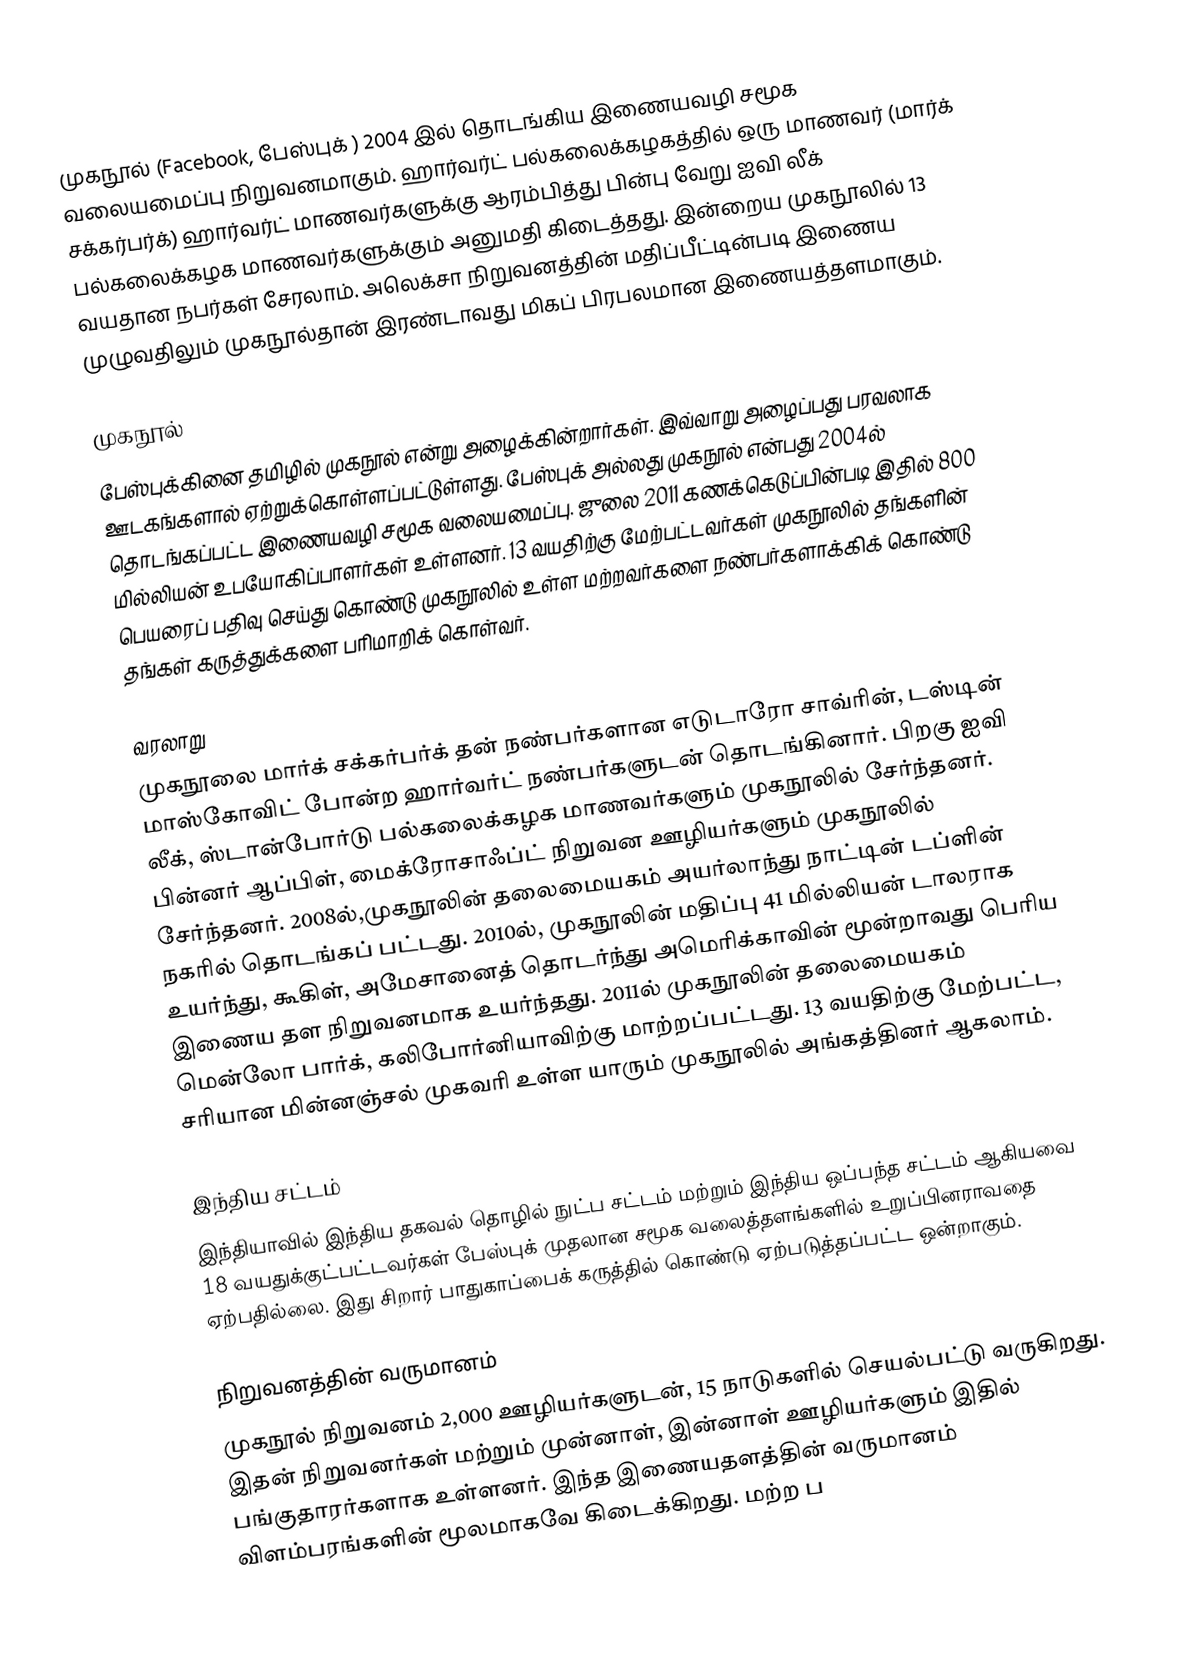
முகநூல் (Facebook, பேஸ்புக் ) 2004 இல் தொடங்கிய இணையவழி சமூக வலையமைப்பு நிறுவனமாகும். ஹார்வர்ட் பல்கலைக்கழகத்தில் ஒரு மாணவர் (மார்க் சக்கர்பர்க்) ஹார்வர்ட் மாணவர்களுக்கு ஆரம்பித்து பின்பு வேறு ஐவி லீக் பல்கலைக்கழக மாணவர்களுக்கும் அனுமதி கிடைத்தது. இன்றைய முகநூலில் 13 வயதான நபர்கள் சேரலாம். அலெக்சா நிறுவனத்தின் மதிப்பீட்டின்படி இணைய முழுவதிலும் முகநூல்தான் இரண்டாவது மிகப் பிரபலமான இணையத்தளமாகும்.

முகநூல்
பேஸ்புக்கினை தமிழில் முகநூல் என்று அழைக்கின்றார்கள். இவ்வாறு அழைப்பது பரவலாக ஊடகங்களால் ஏற்றுக்கொள்ளப்பட்டுள்ளது. பேஸ்புக் அல்லது முகநூல் என்பது 2004ல் தொடங்கப்பட்ட இணையவழி சமூக வலையமைப்பு. ஜுலை 2011 கணக்கெடுப்பின்படி இதில் 800 மில்லியன் உபயோகிப்பாளர்கள் உள்ளனர். 13 வயதிற்கு மேற்பட்டவர்கள் முகநூலில் தங்களின் பெயரைப் பதிவு செய்து கொண்டு முகநூலில் உள்ள மற்றவர்களை நண்பர்களாக்கிக் கொண்டு தங்கள் கருத்துக்களை பரிமாறிக் கொள்வர்.

வரலாறு
முகநூலை மார்க் சக்கர்பர்க் தன் நண்பர்களான எடுடாரோ சாவ்ரின், டஸ்டின் மாஸ்கோவிட் போன்ற ஹார்வர்ட் நண்பர்களுடன் தொடங்கினார். பிறகு ஐவி லீக், ஸ்டான்போர்டு பல்கலைக்கழக மாணவர்களும் முகநூலில் சேர்ந்தனர். பின்னர் ஆப்பிள், மைக்ரோசாஃப்ட் நிறுவன ஊழியர்களும் முகநூலில் சேர்ந்தனர். 2008ல்,முகநூலின் தலைமையகம் அயர்லாந்து நாட்டின் டப்ளின் நகரில் தொடங்கப் பட்டது. 2010ல், முகநூலின் மதிப்பு 41 மில்லியன் டாலராக உயர்ந்து, கூகிள், அமேசானைத் தொடர்ந்து அமெரிக்காவின் மூன்றாவது பெரிய இணைய தள நிறுவனமாக உயர்ந்தது. 2011ல் முகநூலின் தலைமையகம் மென்லோ பார்க், கலிபோர்னியாவிற்கு மாற்றப்பட்டது. 13 வயதிற்கு மேற்பட்ட, சரியான மின்னஞ்சல் முகவரி உள்ள யாரும் முகநூலில் அங்கத்தினர் ஆகலாம்.

இந்திய சட்டம்
இந்தியாவில் இந்திய தகவல் தொழில் நுட்ப சட்டம் மற்றும் இந்திய ஒப்பந்த சட்டம் ஆகியவை 18 வயதுக்குட்பட்டவர்கள் பேஸ்புக் முதலான சமூக வலைத்தளங்களில் உறுப்பினராவதை ஏற்பதில்லை. இது சிறார் பாதுகாப்பைக் கருத்தில் கொண்டு ஏற்படுத்தப்பட்ட ஒன்றாகும்.

நிறுவனத்தின் வருமானம்
முகநூல் நிறுவனம் 2,000 ஊழியர்களுடன், 15 நாடுகளில் செயல்பட்டு வருகிறது. இதன் நிறுவனர்கள் மற்றும் முன்னாள், இன்னாள் ஊழியர்களும் இதில் பங்குதாரர்களாக உள்ளனர். இந்த இணையதளத்தின் வருமானம் விளம்பரங்களின் மூலமாகவே கிடைக்கிறது. மற்ற ப